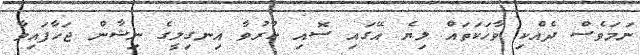
ނަމަވެސް ދެއްކި ވާހަކަތައް ލިޔެ އޭގައި ސޮއި ކުރުވާ އިނގިލީގެ ނިޝާން ޖަހާފައިވާ